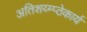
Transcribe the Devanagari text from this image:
अतिशय्म्प्ठेकार्य